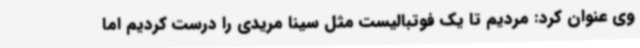
وی عنوان کرد: مردیم تا یک فوتبالیست مثل سینا مریدی را درست کردیم اما